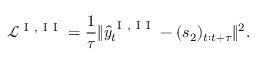
\mathcal { L } ^ { \mathrm { ~ I ~ , ~ I ~ I ~ } } = \frac { 1 } { \tau } \Vert \hat { y } _ { t } ^ { \mathrm { ~ I ~ , ~ I ~ I ~ } } - ( s _ { 2 } ) _ { t : t + \tau } \Vert ^ { 2 } .